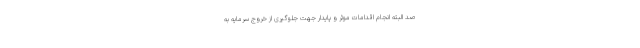
صد البته انجام اقدامات موثر و پایدار جهت جلوگیری از خروج سرمایه به